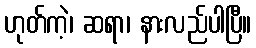
ဟုတ်ကဲ့၊ ဆရာ၊ နားလည်ပါပြီ။